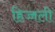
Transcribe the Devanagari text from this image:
हिज्जली